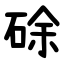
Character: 硢